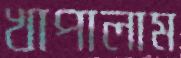
খাপালাম